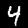
Label: 4